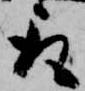
取